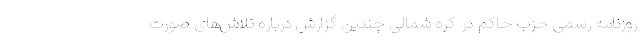
روزنامه رسمی حزب حاکم در کره شمالی چندین گزارش درباره تلاش‌های صورت